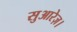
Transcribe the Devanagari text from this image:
सुआरेज़।